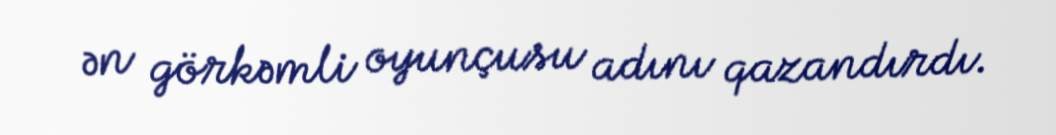
ən görkəmli oyunçusu adını qazandırdı.